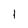
Character: 1